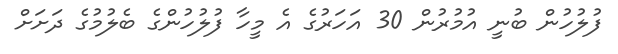
ފުލުހުން ބުނީ އުމުރުން 30 އަހަރުގެ އެ މީހާ ފުލުހުންގެ ބެލުމުގެ ދަށަށް